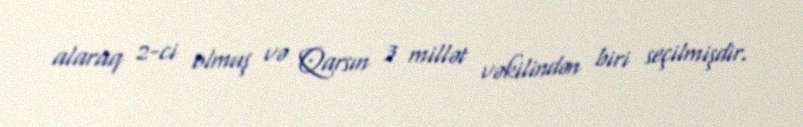
alaraq 2-ci olmuş və Qarsın 3 millət vəkilindən biri seçilmişdir.